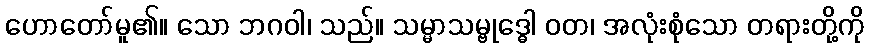
ဟောတော်မူ၏။ သော ဘဂဝါ၊ သည်။ သမ္မာသမ္ဗုဒ္ဓေါ ဝတ၊ အလုံးစုံသော တရားတို့ကို